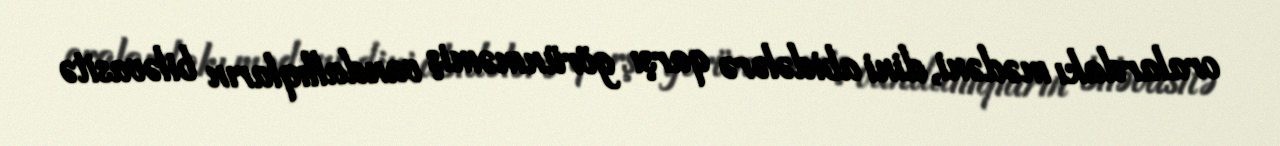
oralardakı mədəni, dini abidələrə qarşı görünməmiş vandallıqların biləvasitə